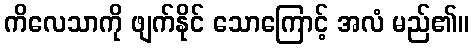
ကိလေသာကို ဖျက်နိုင် သောကြောင့် အလံ မည်၏။